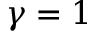
\gamma = 1